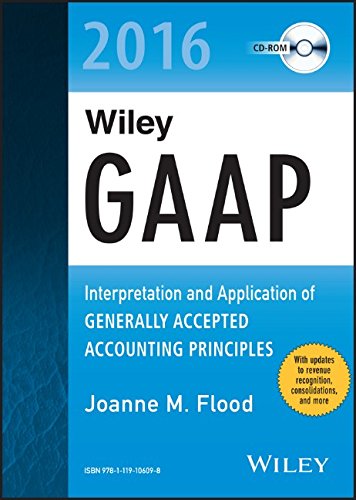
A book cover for Wiley GAAP 2016: Interpretation and Application of Generally Accepted Accounting Principles CD-ROM (Wiley Regulatory Reporting); Joanne M. Flood; Test Preparation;